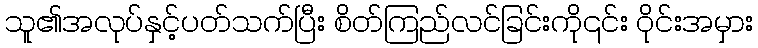
သူ၏အလုပ်နှင့်ပတ်သက်ပြီး စိတ်ကြည်လင်ခြင်းကို၎င်း ဝိုင်းအမှား